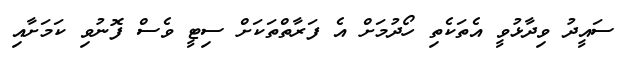
ސައީދު ވިދާޅުވީ އެތަކެތި ހޯދުމަށް އެ ފަރާތްތަކަށް ސިޓީ ވެސް ފޮނުވި ކަމަށާއި